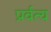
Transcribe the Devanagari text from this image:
प्रर्वत्य